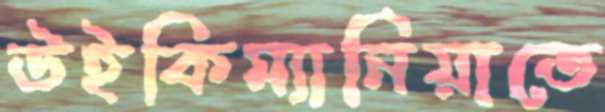
উইকিম্যানিয়াতে